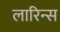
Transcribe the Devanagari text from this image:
लारिन्स